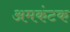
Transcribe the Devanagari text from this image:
अमकंटक